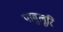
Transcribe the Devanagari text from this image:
पावुलूरि